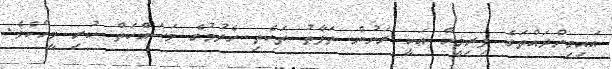
އައިމިންދައްތަގެ ފިރިމީހާ އަކީ ރަނުން ތަފާތު ތަކެތި ހެދުމުގެ މަސައްކަތް ކުރި މީހެކެވެ.